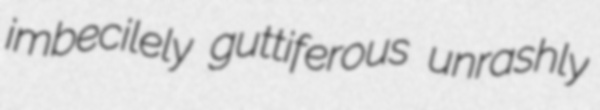
imbecilely guttiferous unrashly